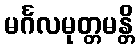
မင်္ဂလမုတ္တမန္တိ